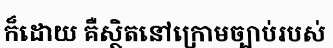
ក៏ដោយ គឺស្ថិតនៅក្រោមច្បាប់របស់